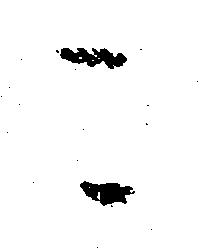
こ